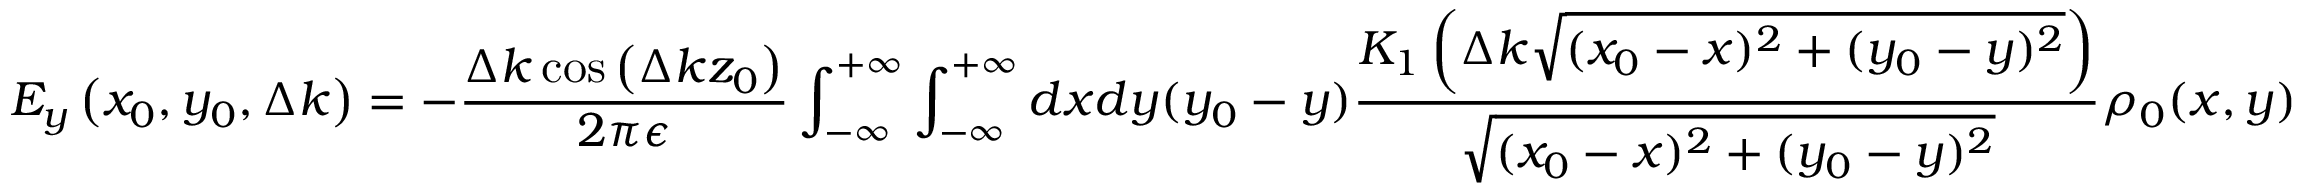
E _ { y } \left( x _ { 0 } , y _ { 0 } , \Delta k \right) = - \frac { \Delta k \cos \left( \Delta k z _ { 0 } \right) } { 2 \pi \epsilon } \int _ { - \infty } ^ { + \infty } \int _ { - \infty } ^ { + \infty } d x d y ( y _ { 0 } - y ) \frac { K _ { 1 } \left( \Delta k \sqrt { ( x _ { 0 } - x ) ^ { 2 } + ( y _ { 0 } - y ) ^ { 2 } } \right) } { \sqrt { ( x _ { 0 } - x ) ^ { 2 } + ( y _ { 0 } - y ) ^ { 2 } } } \rho _ { 0 } ( x , y )